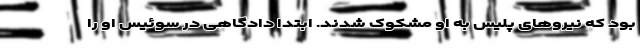
بود که نیروهای پلیس به او مشکوک شدند. ابتدا دادگاهی در سوئیس او را